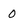
Character: 0